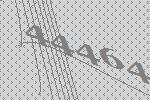
44464